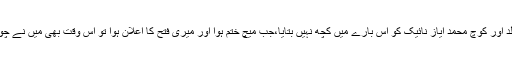
عائشہ کے مطابق راؤنڈ کے درمیانی وقفے میں انھوں نے اپنے والد اور کوچ محمد ایاز نائیک کو اس بارے میں کچھ نہیں بتایا،جب میچ ختم ہوا اور میری فتح کا اعلان ہوا تو اس وقت بھی میں نے چوٹ کا نہیں بتایا کیونکہ پاپا اور باقی ٹیم کے لوگ بہت خوش تھے۔